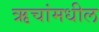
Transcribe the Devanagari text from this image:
ऋचांमधील